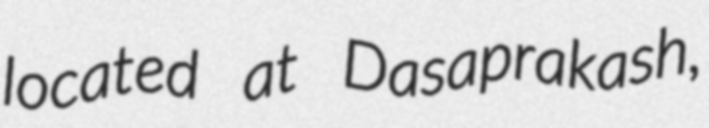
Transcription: located at Dasaprakash,